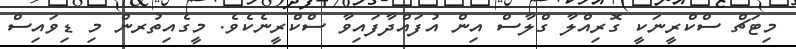
މިޓަޗް ސްކްރީނަކީ ގޮރިއްލާ ގްލާސް އިން އުފައްދާފައިވާ ސްކްރީނެކެވެ. މީގެއިތުރން މި ޑިވައިސް